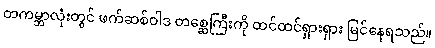
တကမ္ဘာလုံးတွင် ဖက်ဆစ်ဝါဒ တစ္ဆေကြီးကို ထင်ထင်ရှားရှား မြင်နေရသည်။